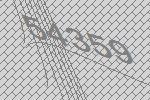
54359